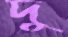
দু